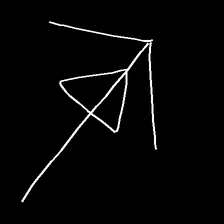
Glyph: pull